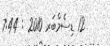
12 ޑިސެމްބަރ 2010 : 7:44